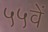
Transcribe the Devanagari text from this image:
५५वें